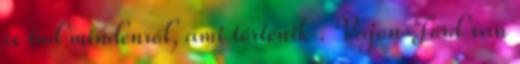
is tud mindenről, ami történik . Vajon Ford van